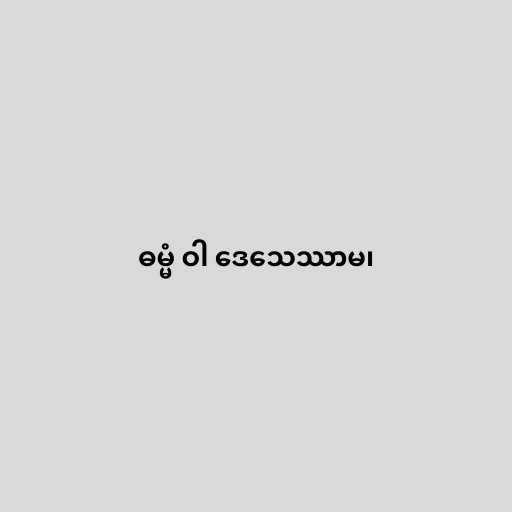
ဓမ္မံ ဝါ ဒေသေဿာမ၊